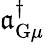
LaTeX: \mathfrak{a}_{\mathrm{{G}}\mu}^{\dagger}